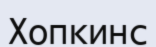
Хопкинс